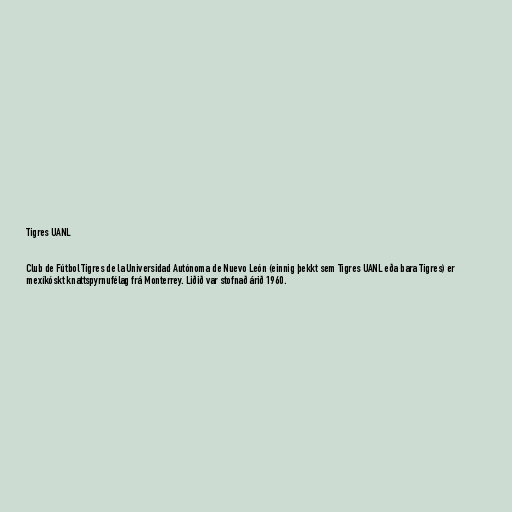
Tigres UANL

Club de Fútbol Tigres de la Universidad Autónoma de Nuevo León (einnig þekkt sem Tigres UANL eða bara Tigres) er
mexíkóskt knattspyrnufélag frá Monterrey. Liðið var stofnað árið 1960.